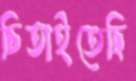
চিতাইতেছি